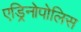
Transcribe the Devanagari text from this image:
एड्रिनोपोलिस